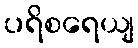
ပရိစရေယျ